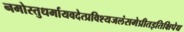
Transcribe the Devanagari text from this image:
नमोस्तुधर्मायवदेत्प्रविश्यजलंसमेप्रीतइतिक्षिपेच्च